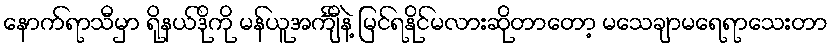
နောက်ရာသီမှာ ရိုနယ်ဒိုကို မန်ယူအင်္ကျီနဲ့ မြင်ရနိုင်မလားဆိုတာတော့ မသေချာမရေရာသေးတာ